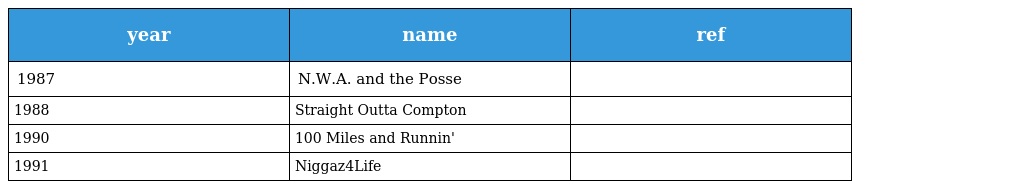
| year | name | ref |
 | --- | --- | --- |
 | 1987 | N.W.A. and the Posse |  |
 | 1988 | Straight Outta Compton |  |
 | 1990 | 100 Miles and Runnin' |  |
 | 1991 | Niggaz4Life |  |